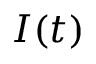
I ( t )